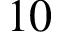
1 0